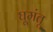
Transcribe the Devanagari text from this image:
घूमंतू